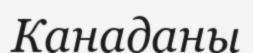
Канаданы